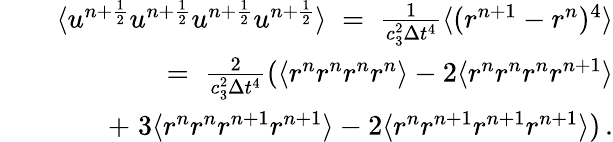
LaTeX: \begin{array}{rlr}&{}&{\langle u^{n+\frac{1}{2}}u^{n+\frac{1}{2}}u^{n+\frac{1}{2}}u^{n+\frac{1}{2}}\rangle\; =\; \frac{1}{c_{3}^{2}\Delta{t}^{4}}\langle(r^{n+1}-r^{n})^{4}\rangle}\\ &{}&{=\; \frac{2}{c_{3}^{2}\Delta{t}^{4}}(\langle r^{n}r^{n}r^{n}r^{n}\rangle-2\langle r^{n}r^{n}r^{n}r^{n+1}\rangle}\\ &{}&{+\; 3\langle r^{n}r^{n}r^{n+1}r^{n+1}\rangle-2\langle r^{n}r^{n+1}r^{n+1}r^{n+1}\rangle)\, .}\end{array}